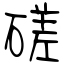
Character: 磋